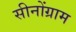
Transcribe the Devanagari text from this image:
सीनोंग्राम